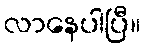
လာနေပါပြီ။